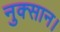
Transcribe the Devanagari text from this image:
नुक्सान।